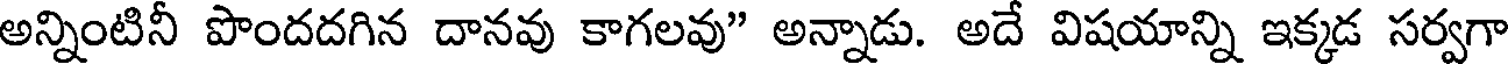
అన్నింటినీ పొందదగిన దానవు కాగలవు" అన్నాడు. అదే విషయాన్ని ఇక్కడ సర్వగా